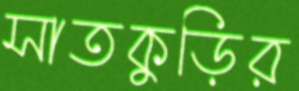
সাতকুড়ির